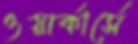
ওয়ার্কার্সে